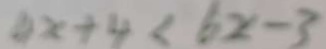
4 x + 4 < 6 x - 3